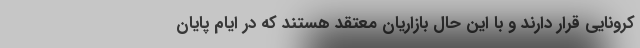
کرونایی قرار دارند و با این حال بازاریان معتقد هستند که در ایامِ پایان